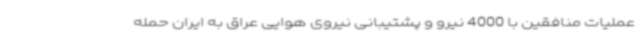
عملیات منافقین با 4000 نیرو و پشتیبانی نیروی هوایی عراق به ایران حمله